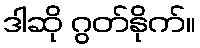
ဒါဆို ဂွတ်နိုက်။